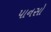
પાનસો